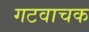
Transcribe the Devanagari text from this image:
गटवाचक